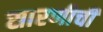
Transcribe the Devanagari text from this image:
सारणीची